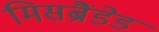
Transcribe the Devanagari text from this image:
मिसब्रैंडेड